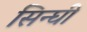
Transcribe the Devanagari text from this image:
सिन्घी